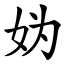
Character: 妫